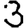
Digit: 3